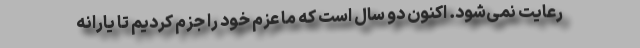
رعایت نمی‌شود. اکنون دو سال است که ما عزم خود را جزم کردیم تا یارانه